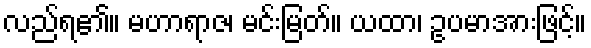
လည်ရ၏။ မဟာရာဇ၊ မင်းမြတ်။ ယထာ၊ ဥပမာအားဖြင့်။